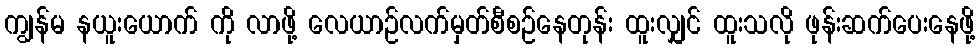
ကျွန်မ နယူးယောက် ကို လာဖို့ လေယာဉ်လက်မှတ်စီစဉ်နေတုန်း ထူးလျှင် ထူးသလို ဖုန်းဆက်ပေးနေဖို့